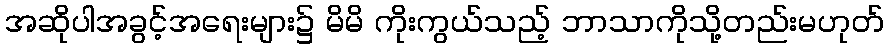
အဆိုပါအခွင့်အရေးများ၌ မိမိ ကိုးကွယ်သည့် ဘာသာကိုသို့တည်းမဟုတ်